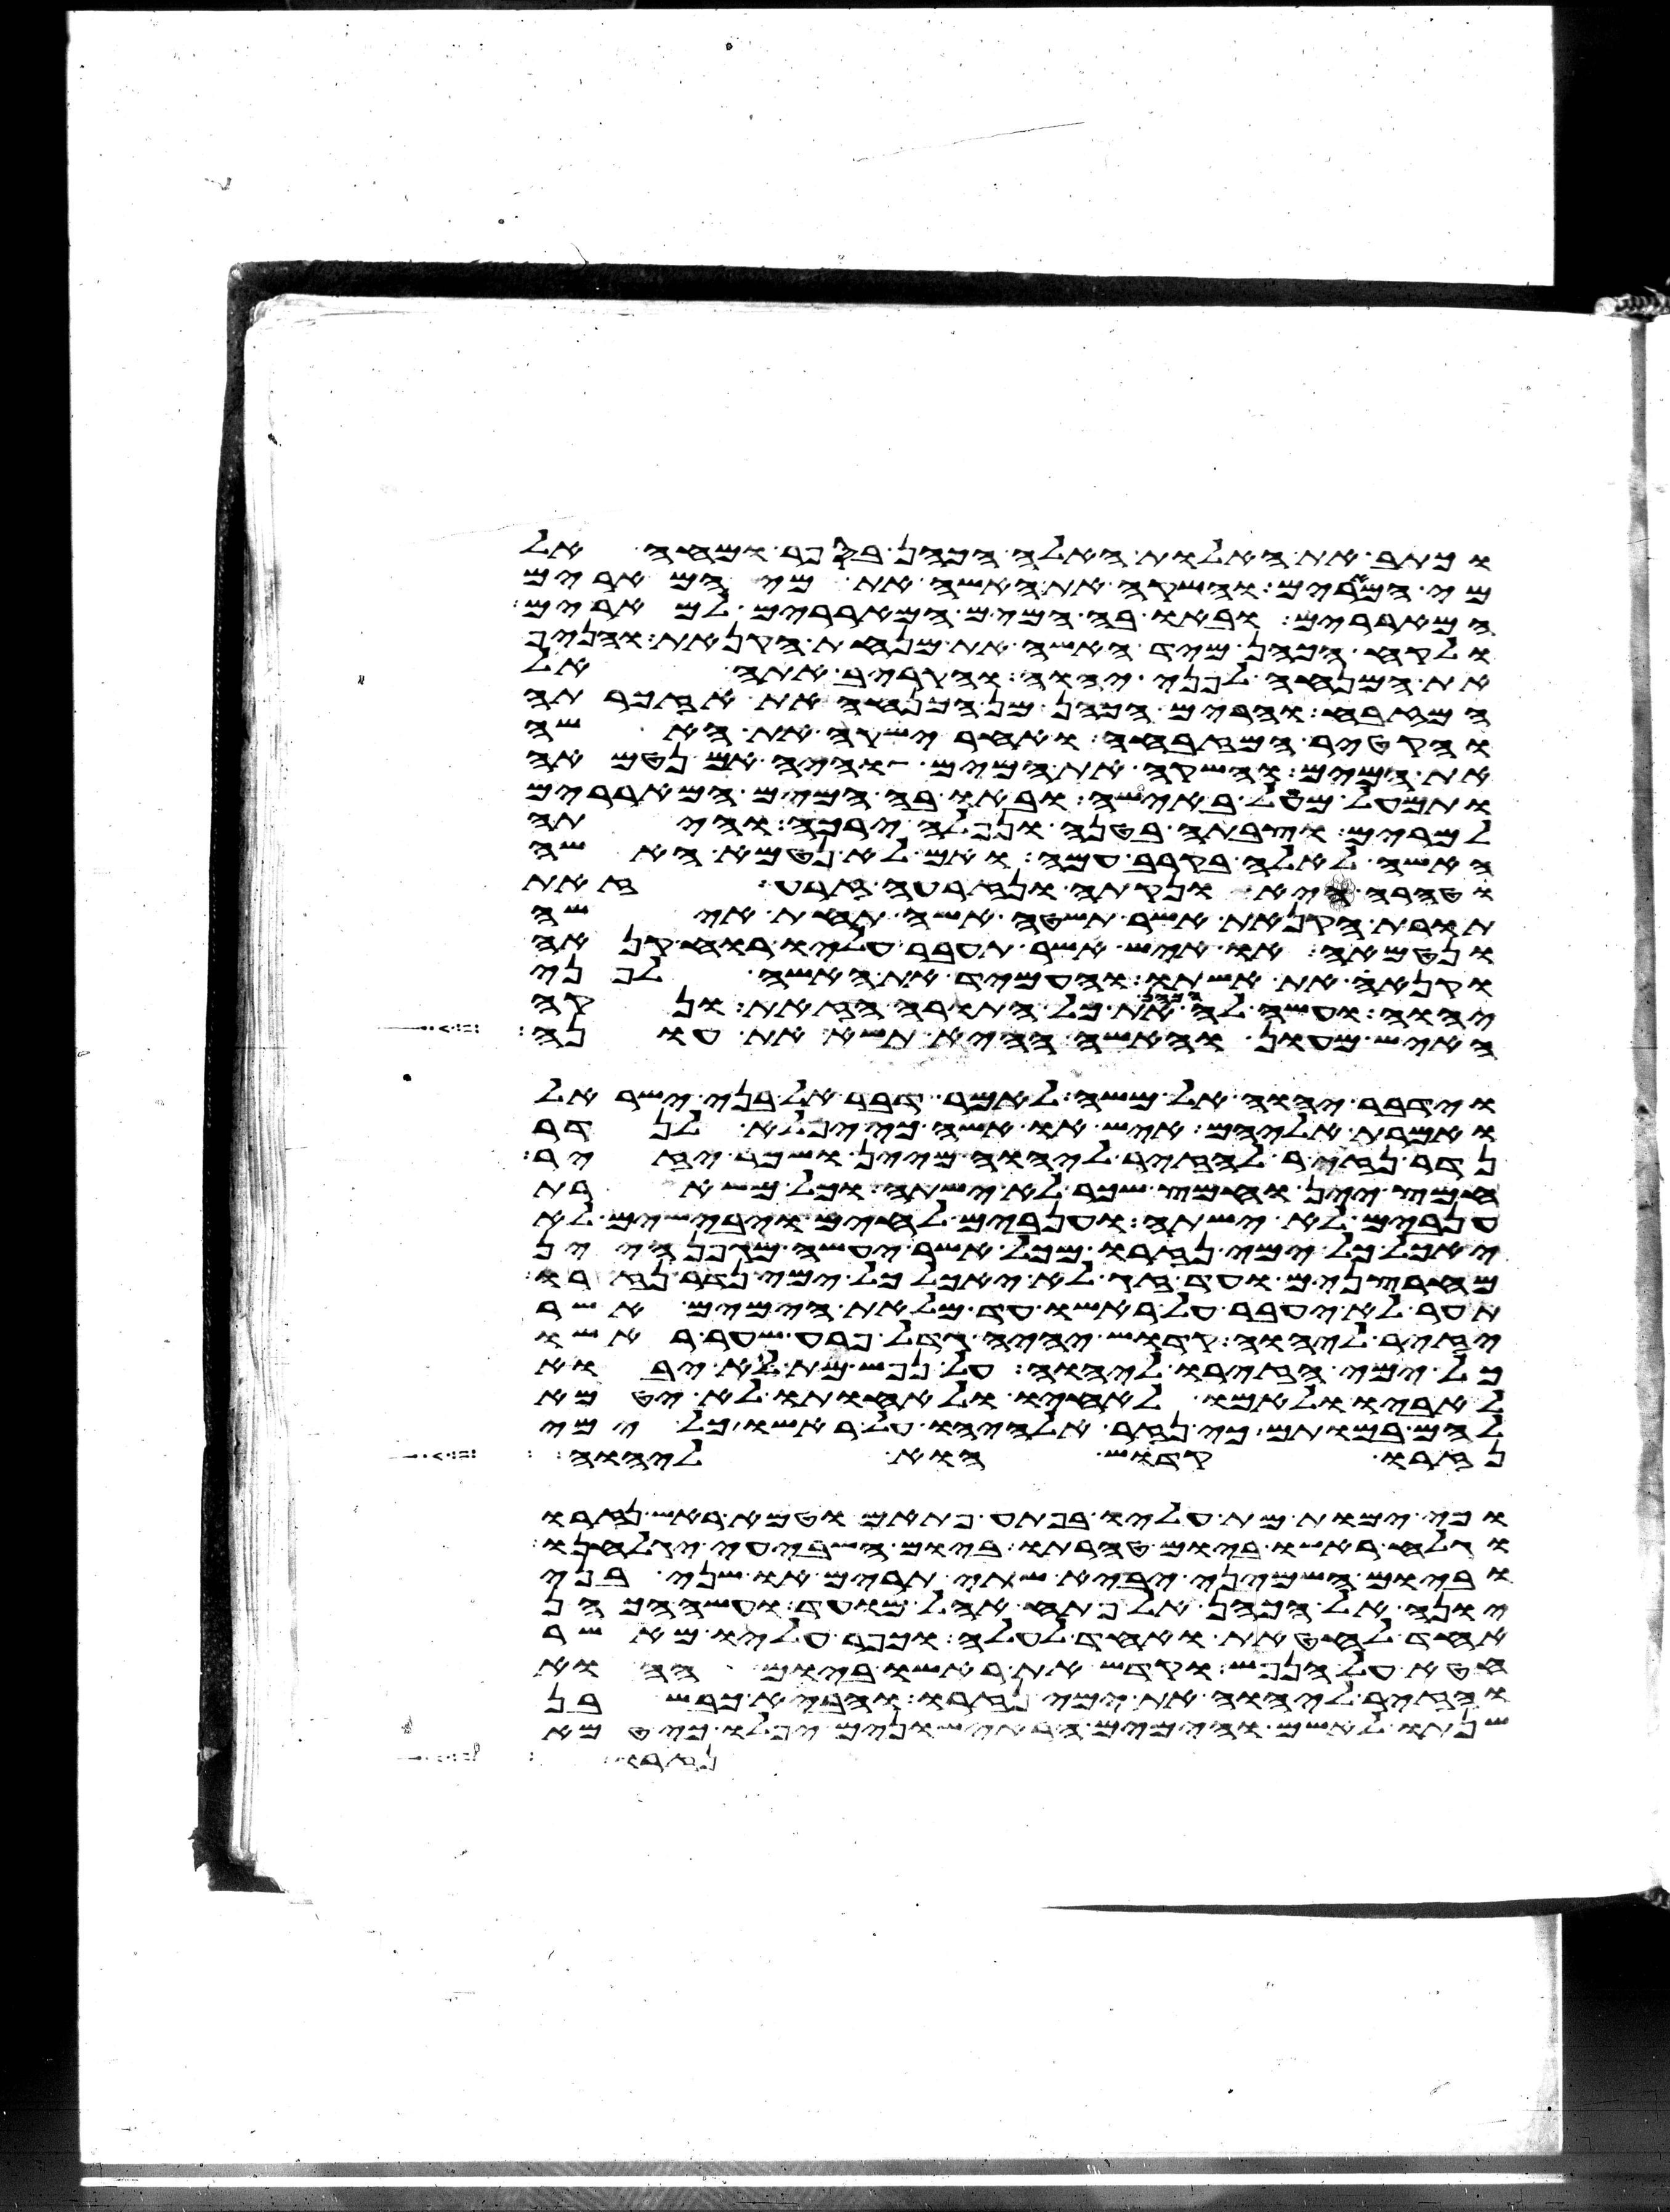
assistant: וכתב את האלות האלה הכהן בספר ומחה אל
מי המרים והשקה את האשה את מי המרים
המאררים ובאו בה המים המאררים למרים
ולקח הכהן מיד האשה את מנחת הקנאת והניף
את המנחה לפני יהוה והקריב אתה אל
המזבח והרים הכהן מן המנחה את אזכרתה
והקטיר המזבחה ואחר ישקה את האשה
את המים והשקה את המים והיה אם נטמאה
ותמעל מעל באישה ובאו בה המים המאררים
למרים וצבתה בטנה ונפלה ירכה והיתה
האשה לאלה בקרב עמה ואם לא נטמאה האשה
וטהרה היא ונקתה ונזרעה זרע זאת
תורת הקנאת אשר תשטה אשה תחת אישה
ונטמאה או איש אשר תעבר עליו רוח קנאה
וקנא את אשתו והעמיד את האשה לפני
יהוה ועשה לה הכהן את כל התורה הזאת ונקה
האיש מעון והאשה ההיא תשא את עונה
וידבר יהוה אל משה לאמר דבר אל בני ישראל
ואמרת אליהם איש או אשה כי יפלא לנדר
נדר נזיר להזיר ליהוה מיין ושכר יזיר
חמץ יין וחמץ שכר לא ישתה וכל משארת
ענבים לא ישתה וענבים לחים ויבישים לא
יאכל כל ימי נזרו מכל אשר יעשה מגפן היין
מחרצנים ועד זג לא יאכל כל ימי נדר נזרו
תער לא יעבר על ראשו עד מלאת הימים אשר
יזיר ליהוה קדוש יהיה גדל פרע שער ראשו
כל ימי הזירו ליהוה על נפש מת לא יבוא
לאביו ולאמו לאחיו ולאחותו לא יטמא
להם במותם כי נזר אלהיו על ראשו כל ימי
נזרו קדוש הוא ליהוה
וכי ימות מת עליו בפתע פתאם וטמא ראש נזרו
וגלח ראשו ביום טהרתו ביום השביעי יגלחנו
וביום השמיני יביא שתי תרים או שני בני
יונה אל הכהן אל פתח אהל מועד ועשה הכהן
אחד לחטאת ואחד לעלה וכפר עליו מאשר
חטא על הנפש וקדש את ראשו ביום ההוא
והזיר ליהוה את ימי נזרו והביא כבש בן
שנתו לאשם והימים הראישונים יפלו כי טמא
נזר